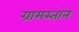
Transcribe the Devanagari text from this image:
ग्रामस्तांन